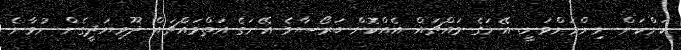
ކަންކަން ނިންމަންވަނީ. އޭނަގެ މައްޗައް އެއްކޮށް ބަރޯސާވެ އޭނަގެ އަތްމައްޗައް ދޫވިޔަދީގެން ނުވާނެ